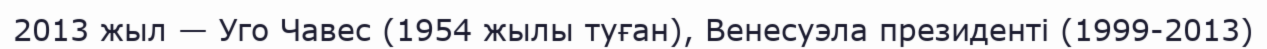
2013 жыл — Уго Чавес (1954 жылы туған), Венесуэла президенті (1999-2013)